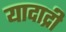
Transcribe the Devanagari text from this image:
यादाद्री